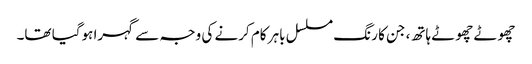
چھوٹے چھوٹے ہاتھ، جن کا رنگ مسلسل باہر کام کرنے کی وجہ سے گہرا ہوگیا تھا۔